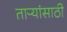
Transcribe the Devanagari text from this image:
ताऱ्यांसाठी